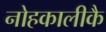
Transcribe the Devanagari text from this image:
नोहकालीकै